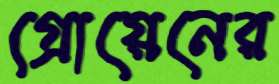
গ্রোয়েনের